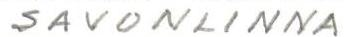
SAVONLINNA